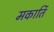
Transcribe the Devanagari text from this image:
मकार्ति